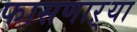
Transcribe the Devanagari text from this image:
फासणाऱ्या